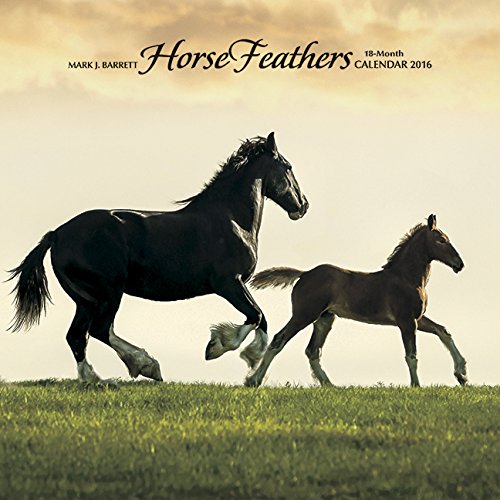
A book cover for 2016 Horse Feathers Wall Calendar; Willow Creek Press; Calendars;